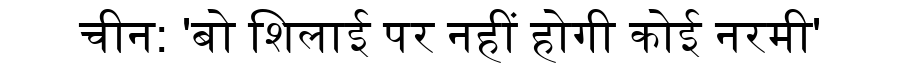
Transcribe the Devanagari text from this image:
चीन: 'बो शिलाई पर नहीं होगी कोई नरमी'